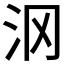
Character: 𱥵